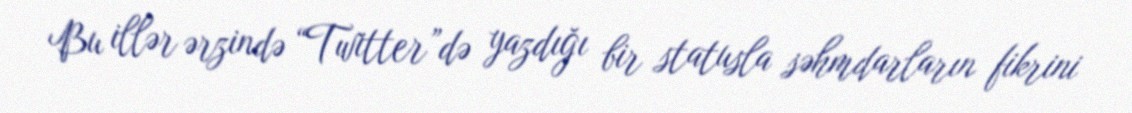
Bu illər ərzində “Twitter”də yazdığı bir statusla səhmdarların fikrini